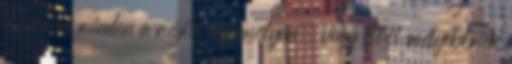
is marad minden a régi, ugyanolyan. Vagy ettől mélyebbnek